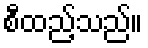
စီထည့်သည်။